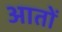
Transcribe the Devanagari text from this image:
आतों